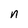
Character: n